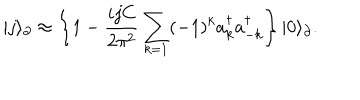
LaTeX: | j \rangle _ { \partial } \approx \left\lbrace 1 - \frac { i j C } { 2 \pi ^ { 2 } } \sum _ { k = 1 } ( - 1 ) ^ { k } a _ { k } ^ { \dagger } a _ { - k } ^ { \dagger } \right\rbrace | 0 \rangle _ { \partial } .